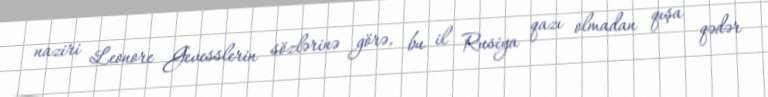
naziri Leonore Gevesslerin sözlərinə görə, bu il Rusiya qazı olmadan qışa qədər